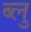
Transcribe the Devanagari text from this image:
ब्‍लु